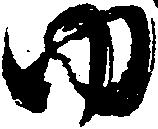
ゆ